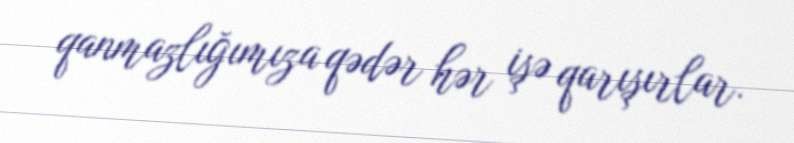
qanmazlığımıza qədər hər işə qarışırlar.